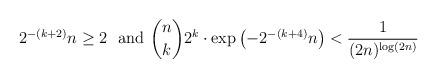
LaTeX: \begin{align*} 2^{-(k+2)}n \ge 2\ \mbox{ and }\binom{n}{k}2^k \cdot \exp\left(-2^{-(k+4)}n\right) < \frac{1}{(2n)^{\log(2n)}}\end{align*}